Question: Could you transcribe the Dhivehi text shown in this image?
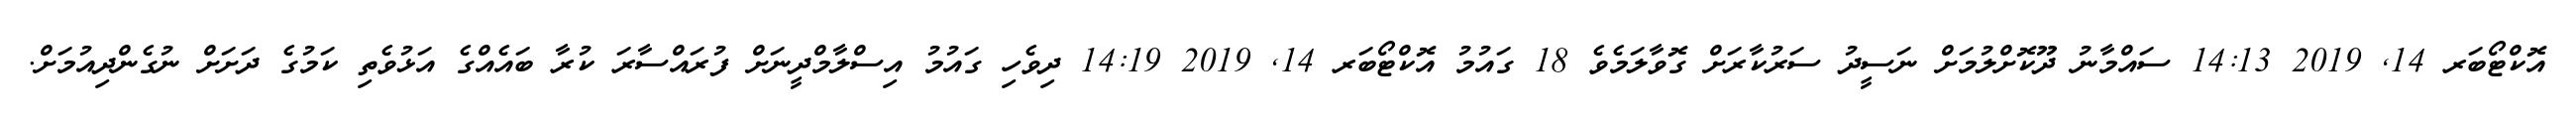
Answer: އޮކްޓޯބަރ 14, 2019 14:13 ސައްމާނު ދޫކޮށްލުމަށް ނަސީދު ސަރުކާރަށް ގޮވާލަމެވެ 18 ގައުމު އޮކްޓޯބަރ 14, 2019 14:19 ދިވެހި ގައުމު އިސްލާމްދީނަށް ފުރައްސާރަ ކުރާ ބައެއްގެ އަޅުވެތި ކަމުގެ ދަށަށް ނުގެންދިއުމަށް.